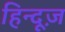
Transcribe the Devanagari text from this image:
हिन्दूज़